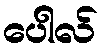
ပေါလ်